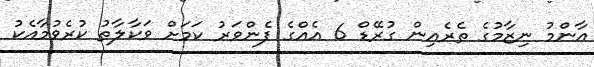
އާންމު ނިޒާމުގެ ތެރެއިން ގުރޭޑް 6 އެއްގެ ފެންވަރު ކަމަށް ވަކާލާތު ކުރެވުމާއެކު